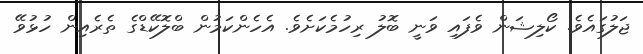
ޖަލުގައެވެ. ކޯލިޝަން ވެފައި ވަނީ ބޮލު ރިހުމެކަށެވެ. އެހެންކަމުން ބްލޮކޭޑްގެ ތެރެއިން ހުޅުވޭ